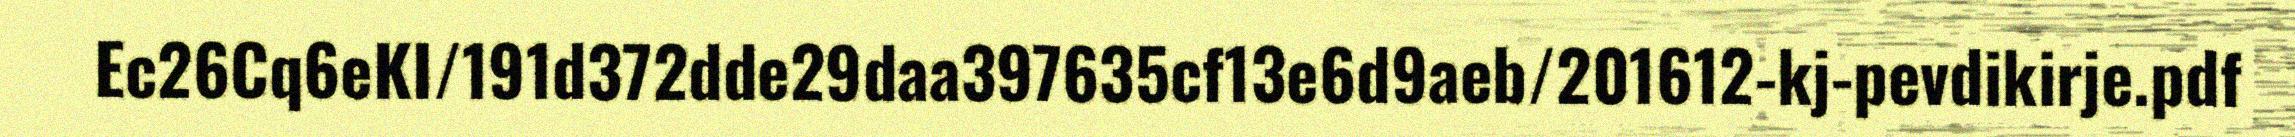
Ec26Cq6eKI/191d372dde29daa397635cf13e6d9aeb/201612-kj-pevdikirje.pdf